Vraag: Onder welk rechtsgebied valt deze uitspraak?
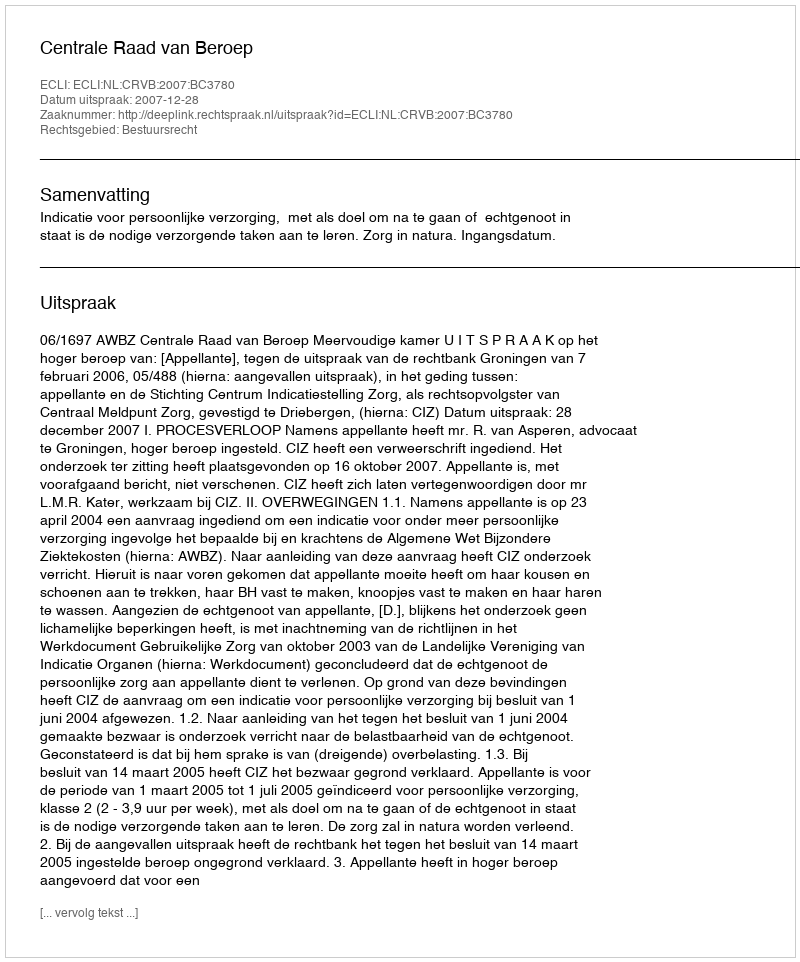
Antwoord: Bestuursrecht